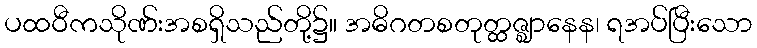
ပထဝီကသိုဏ်းအစရှိသည်တို့၌။ အဓိဂတစတုတ္ထဇ္ဈာနေန၊ ရအပ်ပြီးသော